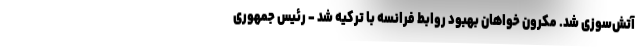
آتش‌سوزی شد. مکرون خواهان بهبود روابط فرانسه با ترکیه شد - رئیس جمهوری